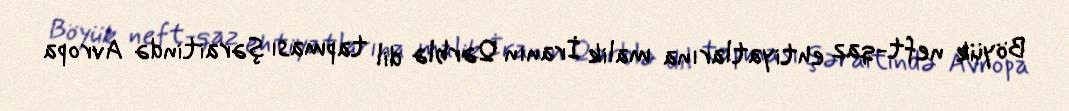
Böyük neft-qaz ehtiyatlarına malik İranın Qərblə dil tapması şəraitində Avropa